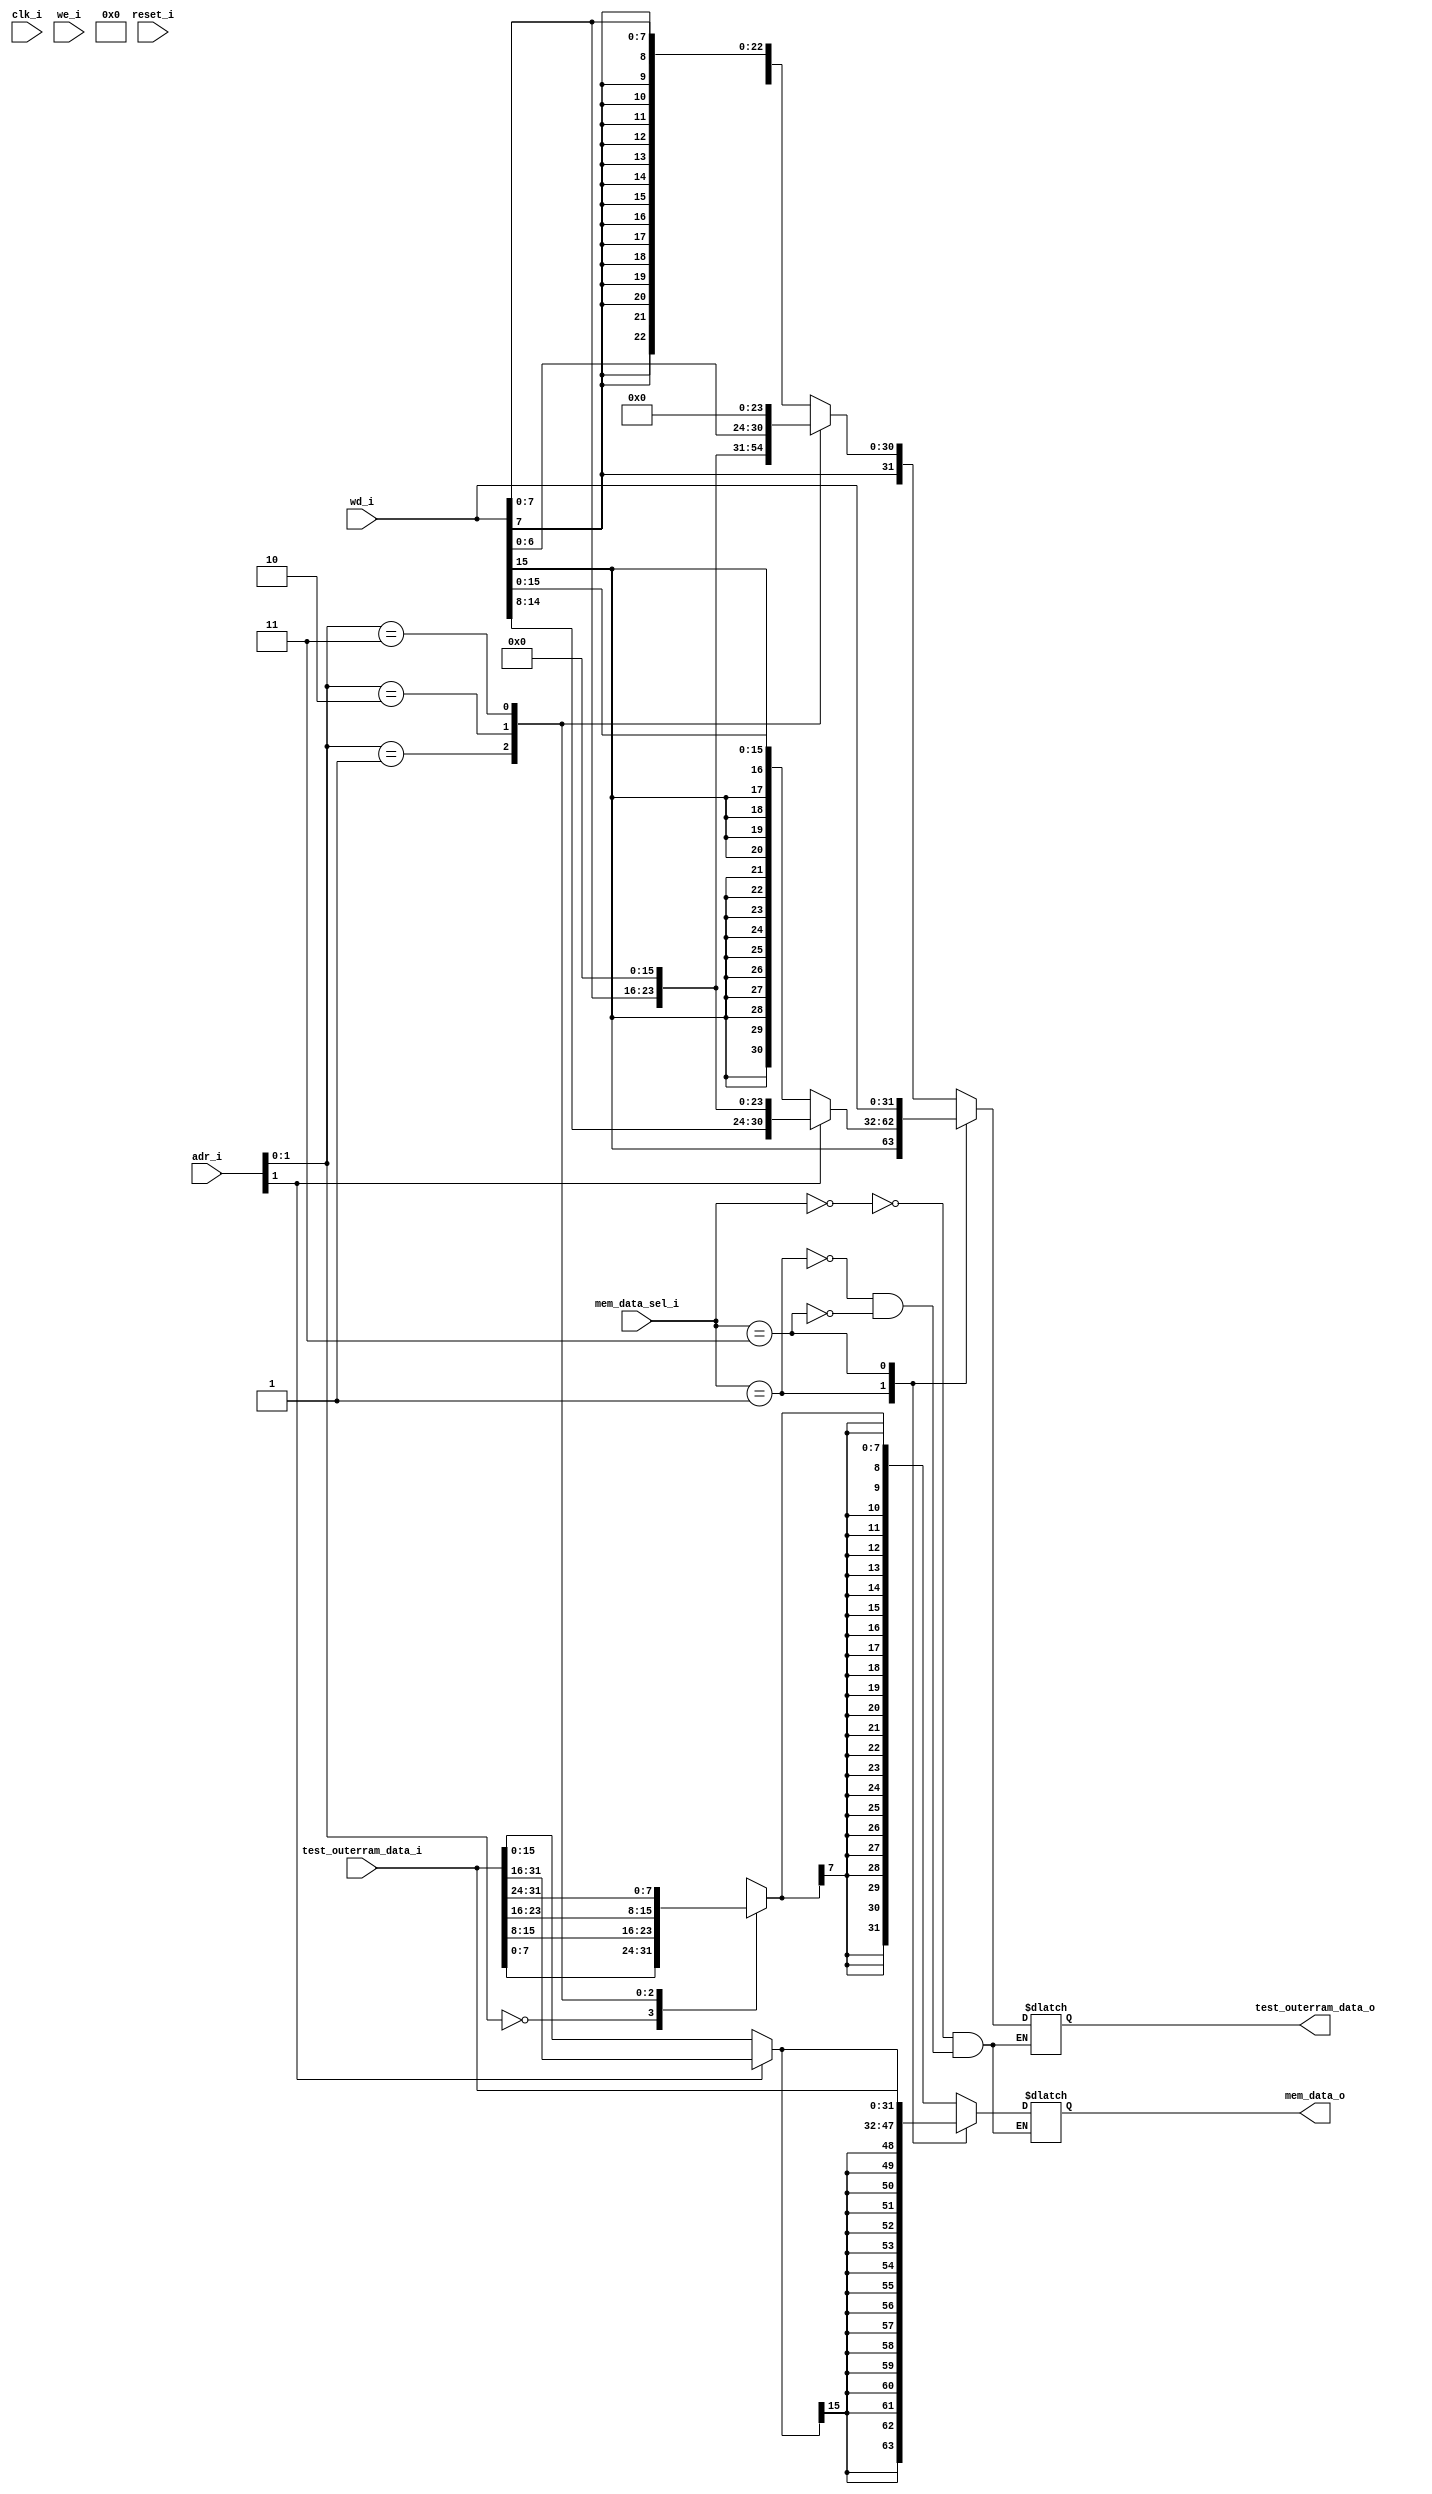
`timescale 1ns / 1ps
//////////////////////////////////////////////////////////////////////////////////
// Company: 
// Engineer: 
// 
// Design Name: 
// Module Name: dram
// Project Name: 
// Target Devices: 
// Tool Versions: 
// Description: 
// dram
// Dependencies: 
// dram
// Revision:
// Revision 0.01 - File Created
// Additional Comments:
// 
//////////////////////////////////////////////////////////////////////////////////
module mem(
    input             clk_i,
    input             we_i,
    input      [15:0] adr_i,
    input      [31:0] wd_i,
    input             reset_i,
    input      [1:0]  mem_data_sel_i,
    output reg [31:0] mem_data_o,             // mem
    input      [31:0] test_outerram_data_i,   // rammem
    output     [31:0] test_outerram_data_o    // rammem
    );
    wire ram_clk;
    assign ram_clk = !clk_i; 
    // dram
    reg  [31:0] dram_input;
    wire [31:0] dram_output;
    // dram_outputdram
    assign dram_output = test_outerram_data_i;
    // 
    wire [7:0]  dram_output_0     = dram_output[7:0];
    wire [7:0]  dram_output_1     = dram_output[15:8];
    wire [7:0]  dram_output_2     = dram_output[23:16];
    wire [7:0]  dram_output_3     = dram_output[31:24];
    reg  [7:0]  dram_output_byte;
    reg  [15:0] dram_output_word;
    wire [31:0] dram_output_dword = dram_output;
    wire [7:0]  dram_input_byte   = wd_i[7:0];
    wire [15:0] dram_input_word   = wd_i[15:0];
    wire [31:0] dram_input_dword  = wd_i;

    // lb
    always @(*) begin
        case(adr_i[1:0])
            2'b00: dram_output_byte = dram_output_0;
            2'b01: dram_output_byte = dram_output_1;
            2'b10: dram_output_byte = dram_output_2;
            2'b11: dram_output_byte = dram_output_3;
            default:;
        endcase
    end

    // lw
    always @(*) begin
        // 
        if(adr_i[1])
            dram_output_word = {dram_output_3, dram_output_2};
        // 
        else
            dram_output_word = {dram_output_1, dram_output_0};
    end
    // 
    always @(*) begin
        case(mem_data_sel_i)
            2'b00: mem_data_o = {{24{dram_output_byte[7]}}, dram_output_byte};  // lb
            2'b01: mem_data_o = {{16{dram_output_word[15]}}, dram_output_word};  // lh
            2'b11: mem_data_o = dram_output_dword;    // lw
            default:;
        endcase
    end
    // dram
    always @(*) begin
        case(mem_data_sel_i)
            // sb
            2'b00: begin
                case(adr_i[1:0])
                    2'b00: dram_input = {{24{dram_input_byte[7]}}, dram_input_byte};
                    2'b01: dram_input = {{16{dram_input_byte[7]}}, dram_input_byte, 8'h0};
                    2'b10: dram_input = {{8{dram_input_byte[7]}}, dram_input_byte, 16'h0};
                    2'b11: dram_input = {dram_input_byte, 24'h0};
                    default:;
                endcase
            end
            // sh
            2'b01: begin
                case(adr_i[1])
                    1'b0: dram_input = {{16{dram_input_word[15]}}, dram_input_word};
                    1'b1: dram_input = {dram_input_word, 16'h0};
                    default:;
                endcase 
            end 
            2'b11: dram_input = dram_input_dword;    // lw
            default:;
        endcase
    end
    assign test_outerram_data_o = dram_input; // test
    // 64KB DRAM
    // dram U_dram (
    //     .clk    (clk_i),            // input wire clka
    //     .a      (adr_i[15:2]),     // input wire [13:0] addra
    //     .qspo   (dram_output),        // output wire [31:0] douta
    //     .we     (we_i),          // input wire [0:0] wea
    //     .d      (dram_input)         // input wire [31:0] dina
    // );
endmodule